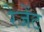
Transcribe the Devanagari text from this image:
रेजेंट